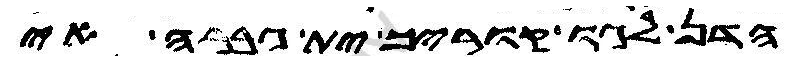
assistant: הדן לגו קוריך ית גברה אי